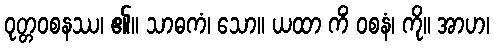
ဝုတ္တဝစနဿ၊ ၏။ သာဓကံ၊ သော။ ယထာ ကိံ ဝစနံ၊ ကို။ အာဟ၊